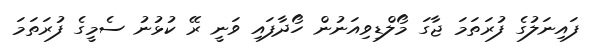
ފައިނަލުގެ ފުރަތަމަ ޖާގަ މޯލްޑިވިއަނުން ހޯދާފައި ވަނީ ރޭ ކުޅުނު ސެމީގެ ފުރަތަމަ